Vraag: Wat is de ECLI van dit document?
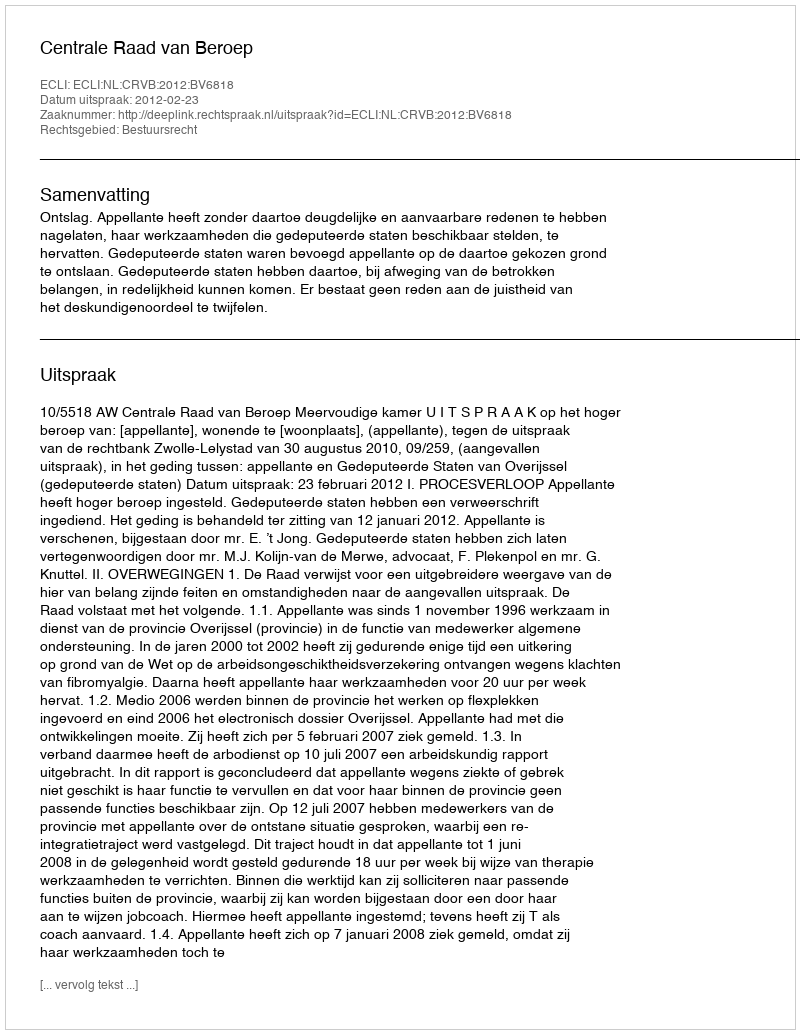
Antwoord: ECLI:NL:CRVB:2012:BV6818